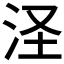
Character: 𣲾